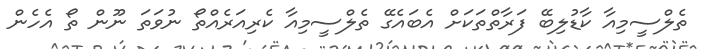
ތެލްސީމިއާ ކާޑުލިބޭ ފަރާތްތަކަށް އެބައެގޭ ތެލްސީމިއާ ކެރިއަރެއްތޯ ނުވަތަ ނޫން ތޯ އެހެން